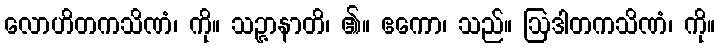
လောဟိတကသိဏံ၊ ကို။ သဉ္ဇာနာတိ၊ ၏။ ဧကော၊ သည်။ ဩဒါတကသိဏံ၊ ကို။